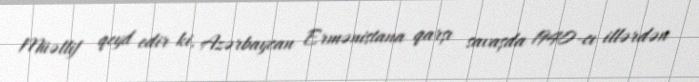
Müəllif qeyd edir ki, Azərbaycan Ermənistana qarşı savaşda 1940-cı illərdən